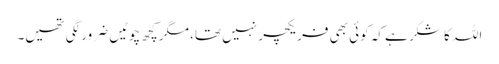
اللہ کا شکر ہے کہ کوئی بھی فریکچر نہیں تھا، مگر کچھ چوٹیں ضرور لگی تھیں۔